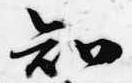
知